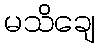
မသိချေ